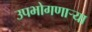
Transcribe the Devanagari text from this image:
उपभोगणार्‍या